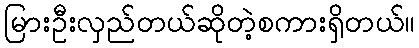
မြားဦးလှည်တယ်ဆိုတဲ့စကားရှိတယ်။